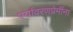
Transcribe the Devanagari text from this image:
पर्यावरणप्रेमींना